French assistants in Scottish schools and training centres, 1923
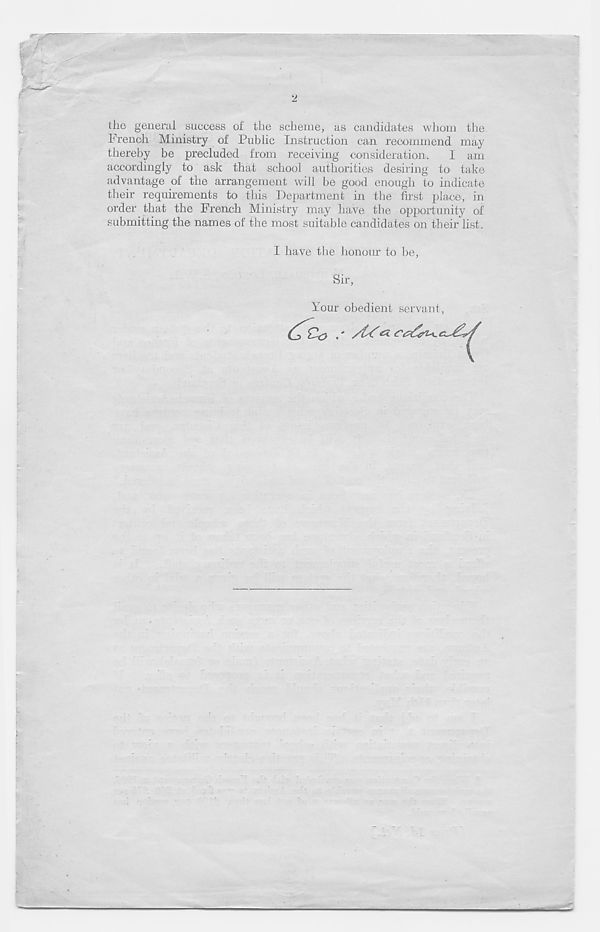
2
the general success of the scheme, as candidates whom the
French Ministry of Public Instruction can recommend may
thereby be precluded from receiving consideration. I am
accordingly to ask that school authorities desiring to take
advantage of the arrangement will be good enough to indicate
their requirements to this Department in the first place, in
order that the French Ministry may have the opportunity of
submitting the names of the most suitable candidates on their list.
I have the honour to be,
Sir,
Your obedient servant ,